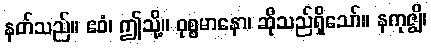
နတ်သည်။ ဧဝံ၊ ဤသို့။ ဝုစ္စမာနော၊ ဆိုသည်ရှိသော်။ နကုဇ္ဈိ၊